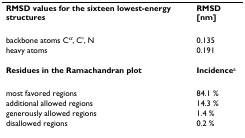
<table><thead><tr><td><b>RMSD values for the sixteen lowest-energy structures</b></td><td><b>RMSD [nm]</b></td></tr></thead><tbody><tr><td>backbone atoms C<sup><i>α</i></sup>, C&#x27;, N</td><td>0.135</td></tr><tr><td>heavy atoms</td><td>0.191</td></tr><tr><td><b>Residues in the Ramachandran plot</b></td><td><b>Incidence</b><sup>a</sup></td></tr><tr><td>most favored regions</td><td>84.1 %</td></tr><tr><td>additional allowed regions</td><td>14.3 %</td></tr><tr><td>generously allowed regions</td><td>1.4 %</td></tr><tr><td>disallowed regions</td><td>0.2 %</td></tr></tbody></table>